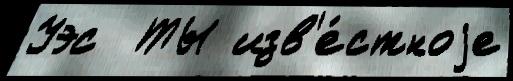
Уэс  ТЫ изв'е́стноjе